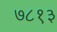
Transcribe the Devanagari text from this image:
७८१३